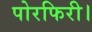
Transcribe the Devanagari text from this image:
पोरफिरी।